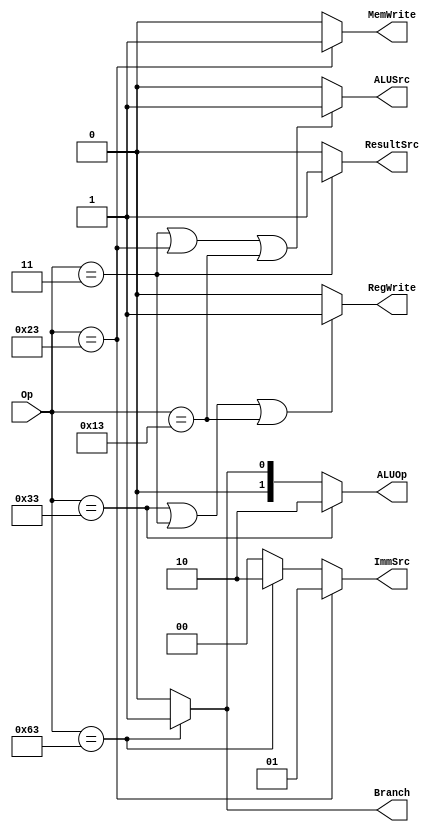
`timescale 1ns / 1ps
//////////////////////////////////////////////////////////////////////////////////
// Company: 
// Engineer: 
// 
// Design Name: 
// Module Name: Main_Decoder
// Project Name: 
// Target Devices: 
// Tool Versions: 
// Description: 
// 
// Dependencies: 
// 
// Revision:
// Revision 0.01 - File Created
// Additional Comments:
// 
//////////////////////////////////////////////////////////////////////////////////

//correctly working, every instruction checked on testbench

module Main_Decoder(Op,RegWrite,ImmSrc,ALUSrc,MemWrite,ResultSrc,Branch,ALUOp);
    
    input [6:0]Op;
    
    
    output RegWrite,ALUSrc,MemWrite,ResultSrc,Branch;
    output [1:0]ImmSrc,ALUOp;
    
     // I-Type Basic Instructions => SLLI, SRLI, SRAI, ADDI, LI ETC => OP => 0010011
     // parameter I_ADDI_op = 7'b0010011;   //ADDI  => OP => 0010011 => I-TYPE
     parameter I_op_basic = 7'b0010011;   //ADDI  => OP => 0010011 => I-TYPE
          
     parameter I_lw_op = 7'b0000011;     //LW    => OP => 0000011 => I-TYPE
                                             
    // R-type Instructions: => ADD, SUB, AND, OR, XOR, SLL, SRL, SLT => SAME OPCODE => 0110011
     parameter R_op_basic = 7'b0110011;  
                                         
    //S-TYPE INSTRUCTIONS                
     parameter S_sw_op = 7'b0100011;     //SW    => OP => 0100011 => S-TYPE
     
    //B-TYPE INSTRUCTIONS
     parameter B_op_basic = 7'b1100011;  //BEQ = BNE = BLT = BGE => OP => 1100011 SAME OP CODE
            

    assign RegWrite     = ( Op == R_op_basic | Op == I_lw_op | Op == I_op_basic ) ? 1'b1 : 1'b0;
    assign ImmSrc       = ( Op == S_sw_op ) ? 2'b01 : ( Op == B_op_basic ) ? 2'b10 : 2'b00;    
    assign ALUSrc       = ( Op == I_lw_op | Op == S_sw_op | Op == I_op_basic ) ? 1'b1 : 1'b0;
    assign MemWrite     = ( Op == S_sw_op )   ? 1'b1 : 1'b0 ;
    assign ResultSrc    = ( Op == I_lw_op  )   ? 1'b1 : 1'b0 ;
    assign Branch       = ( Op == B_op_basic ) ? 1'b1 : 1'b0 ;
    assign ALUOp        = ( Op == R_op_basic ) ? 2'b10: ( Op == B_op_basic ) ? 2'b01 : 2'b00 ;
    


endmodule